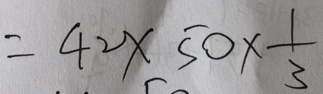
= 4 2 \times 5 0 \times \frac { 1 } { 3 }